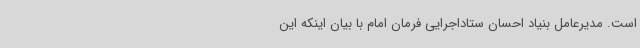
است. مدیرعامل بنیاد احسان ستاداجرایی فرمان امام با بیان اینکه این